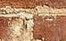
بالشمع